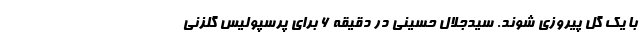
با یک گل پیروزی شوند. سیدجلال حسینی در دقیقه ۶ برای پرسپولیس گلزنی